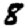
Digit: 8